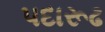
પદારૂઢ